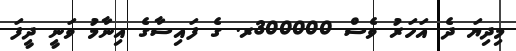
މިދިޔަ ދެ އަހަރު ވެސް 300000ރ. ގެ ފައިސާގެ އިނާމު ވަނީ ދީފަ